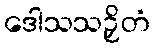
ဒေါသသဉှိတံ